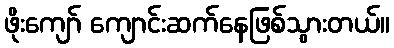
ဖိုးကျော် ကျောင်းဆက်နေဖြစ်သွားတယ်။